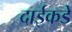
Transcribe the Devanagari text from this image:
दाईकडे